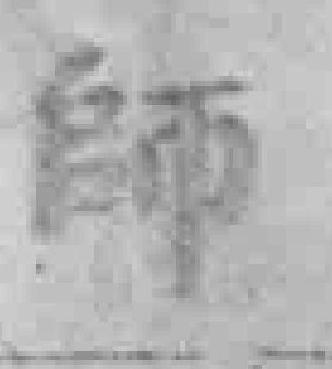
師